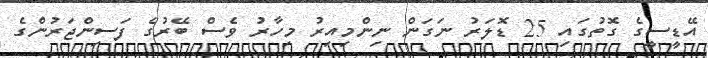
އޭޑީސީގެ ގޮތުގައި 25 ޑޮލަރު ނަގަން ނިންމިއިރު މިހާރު ވެސް ބޭރުގެ ފަސިންޖަރުންގެ